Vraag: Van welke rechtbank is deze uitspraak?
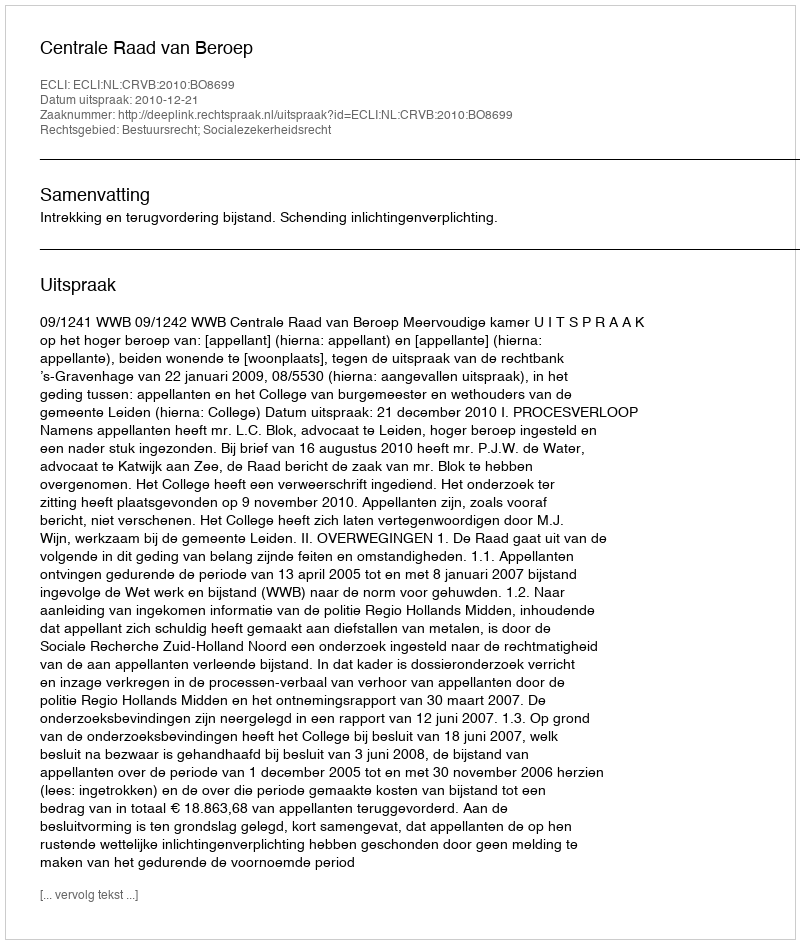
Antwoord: Centrale Raad van Beroep